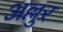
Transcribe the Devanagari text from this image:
अल्लुर